Mental hospitals Bombay report 1929-33 - 1929-1933
Year: 1929
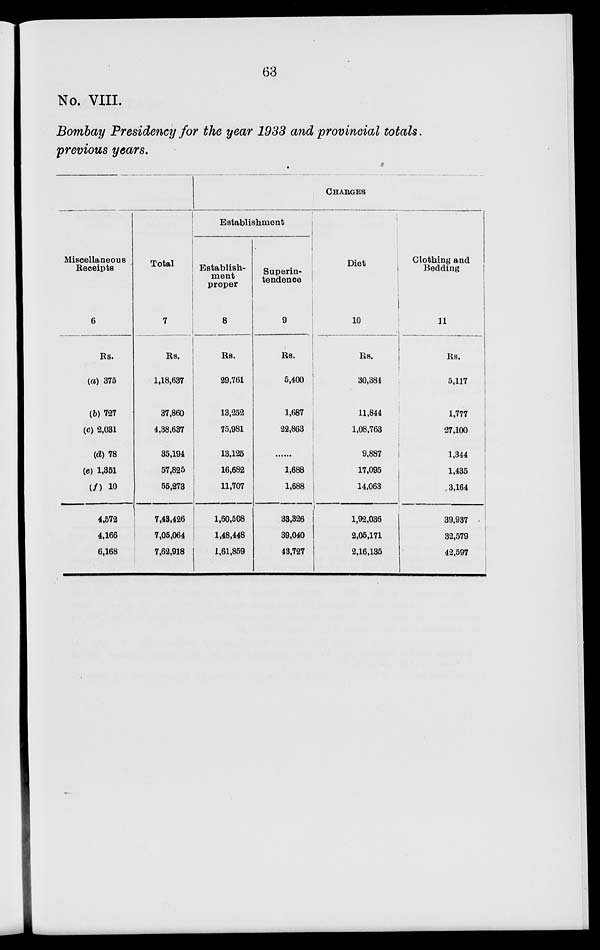
63
No. VIII.
Bombay Presidency for the year 1933 and provincial totals.
previous years.
Miscellaneous
Receipts
6
Rs.
(a) 375
(b) 727
(c) 2,031
(d) 78
(e) 1,351
(f) 10
4,572
4,166
6,168
Total
7
Rs.
1,18,637
37,860
4,38,637
35,194
57,825
55,273
7,43,426
7,05,064
7,62,918
CHARGES
Establishment
Establish-
ment
proper
8
Rs.
29,761
13,252
75,981
13,125
16,682
11,707
1,60,508
1,48,448
1,61,859
Superin-
tendence
9
Rs.
5,400
1,687
22,863
......
1,688
1,688
33,326
39,040
43,727
Diet
10
Rs.
30,384
11,844
1,08,763
9,887
17,095
14,063
1,92,036
2,05,171
2,16,135
Clothing and
Bedding
11
Rs.
5,117
1,777
27,100
1,344
1,435
3,164
39,937
32,579
42,597